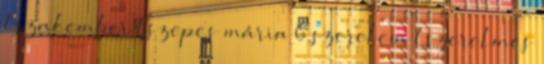
1 szakember 1 szepes mária 6 szerelem 1 szerelmes